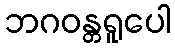
ဘဂဝန္တရူပေါ